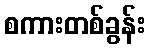
စကားတစ်ခွန်း